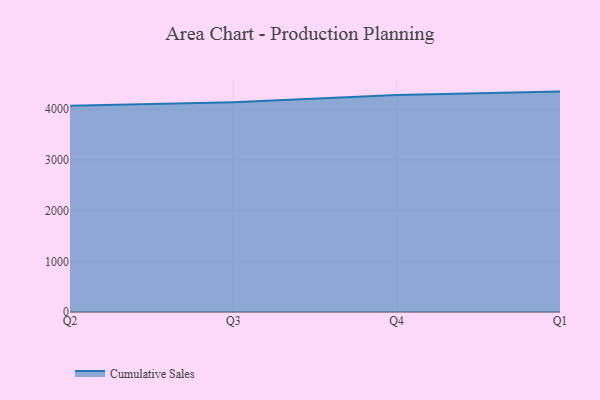
{"axis": {"x": "Quarter", "y": "Latency (ms)"}, "legend": ["Cumulative Sales"], "data": [{"x": "Q2", "y": 4067.6, "type": "Cumulative Sales"}, {"x": "Q3", "y": 4139.3, "type": "Cumulative Sales"}, {"x": "Q4", "y": 4282.4, "type": "Cumulative Sales"}, {"x": "Q1", "y": 4348.3, "type": "Cumulative Sales"}]}